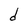
Character: d